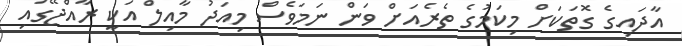
އާދައިގެ ގޮތަކަށް މިކަމުގެ ތެރެއަށް ވަން ނަމަވެސް މިއަދު މާއިލް އަކީ ރާއްޖޭގައި